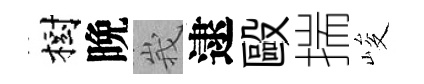
樹晩峩逮毆揣峻